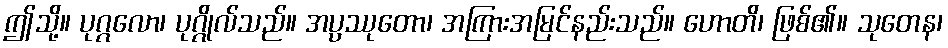
ဤသို့။ ပုဂ္ဂလော၊ ပုဂ္ဂိုလ်သည်။ အပ္ပဿုတော၊ အကြားအမြင်နည်းသည်။ ဟောတိ၊ ဖြစ်၏။ သုတေန၊